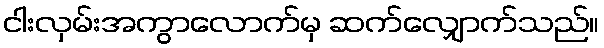
ငါးလှမ်းအကွာလောက်မှ ဆက်လျှောက်သည်။